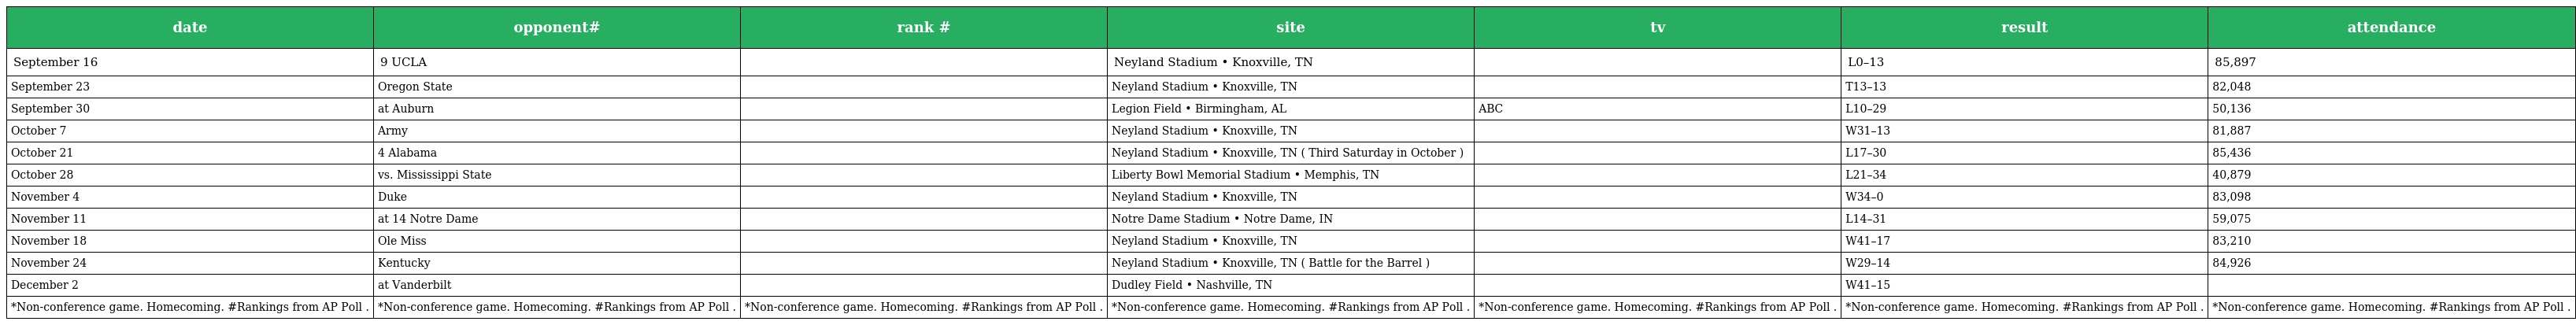
| date | opponent# | rank # | site | tv | result | attendance |
 | --- | --- | --- | --- | --- | --- | --- |
 | September 16 | 9 UCLA |  | Neyland Stadium • Knoxville, TN |  | L0–13 | 85,897 |
 | September 23 | Oregon State |  | Neyland Stadium • Knoxville, TN |  | T13–13 | 82,048 |
 | September 30 | at Auburn |  | Legion Field • Birmingham, AL | ABC | L10–29 | 50,136 |
 | October 7 | Army |  | Neyland Stadium • Knoxville, TN |  | W31–13 | 81,887 |
 | October 21 | 4 Alabama |  | Neyland Stadium • Knoxville, TN ( Third Saturday in October ) |  | L17–30 | 85,436 |
 | October 28 | vs. Mississippi State |  | Liberty Bowl Memorial Stadium • Memphis, TN |  | L21–34 | 40,879 |
 | November 4 | Duke |  | Neyland Stadium • Knoxville, TN |  | W34–0 | 83,098 |
 | November 11 | at 14 Notre Dame |  | Notre Dame Stadium • Notre Dame, IN |  | L14–31 | 59,075 |
 | November 18 | Ole Miss |  | Neyland Stadium • Knoxville, TN |  | W41–17 | 83,210 |
 | November 24 | Kentucky |  | Neyland Stadium • Knoxville, TN ( Battle for the Barrel ) |  | W29–14 | 84,926 |
 | December 2 | at Vanderbilt |  | Dudley Field • Nashville, TN |  | W41–15 |  |
 | *Non-conference game. Homecoming. #Rankings from AP Poll . | *Non-conference game. Homecoming. #Rankings from AP Poll . | *Non-conference game. Homecoming. #Rankings from AP Poll . | *Non-conference game. Homecoming. #Rankings from AP Poll . | *Non-conference game. Homecoming. #Rankings from AP Poll . | *Non-conference game. Homecoming. #Rankings from AP Poll . | *Non-conference game. Homecoming. #Rankings from AP Poll . |